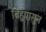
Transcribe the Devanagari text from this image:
बिहुपासुन